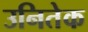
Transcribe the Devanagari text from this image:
उनितेक